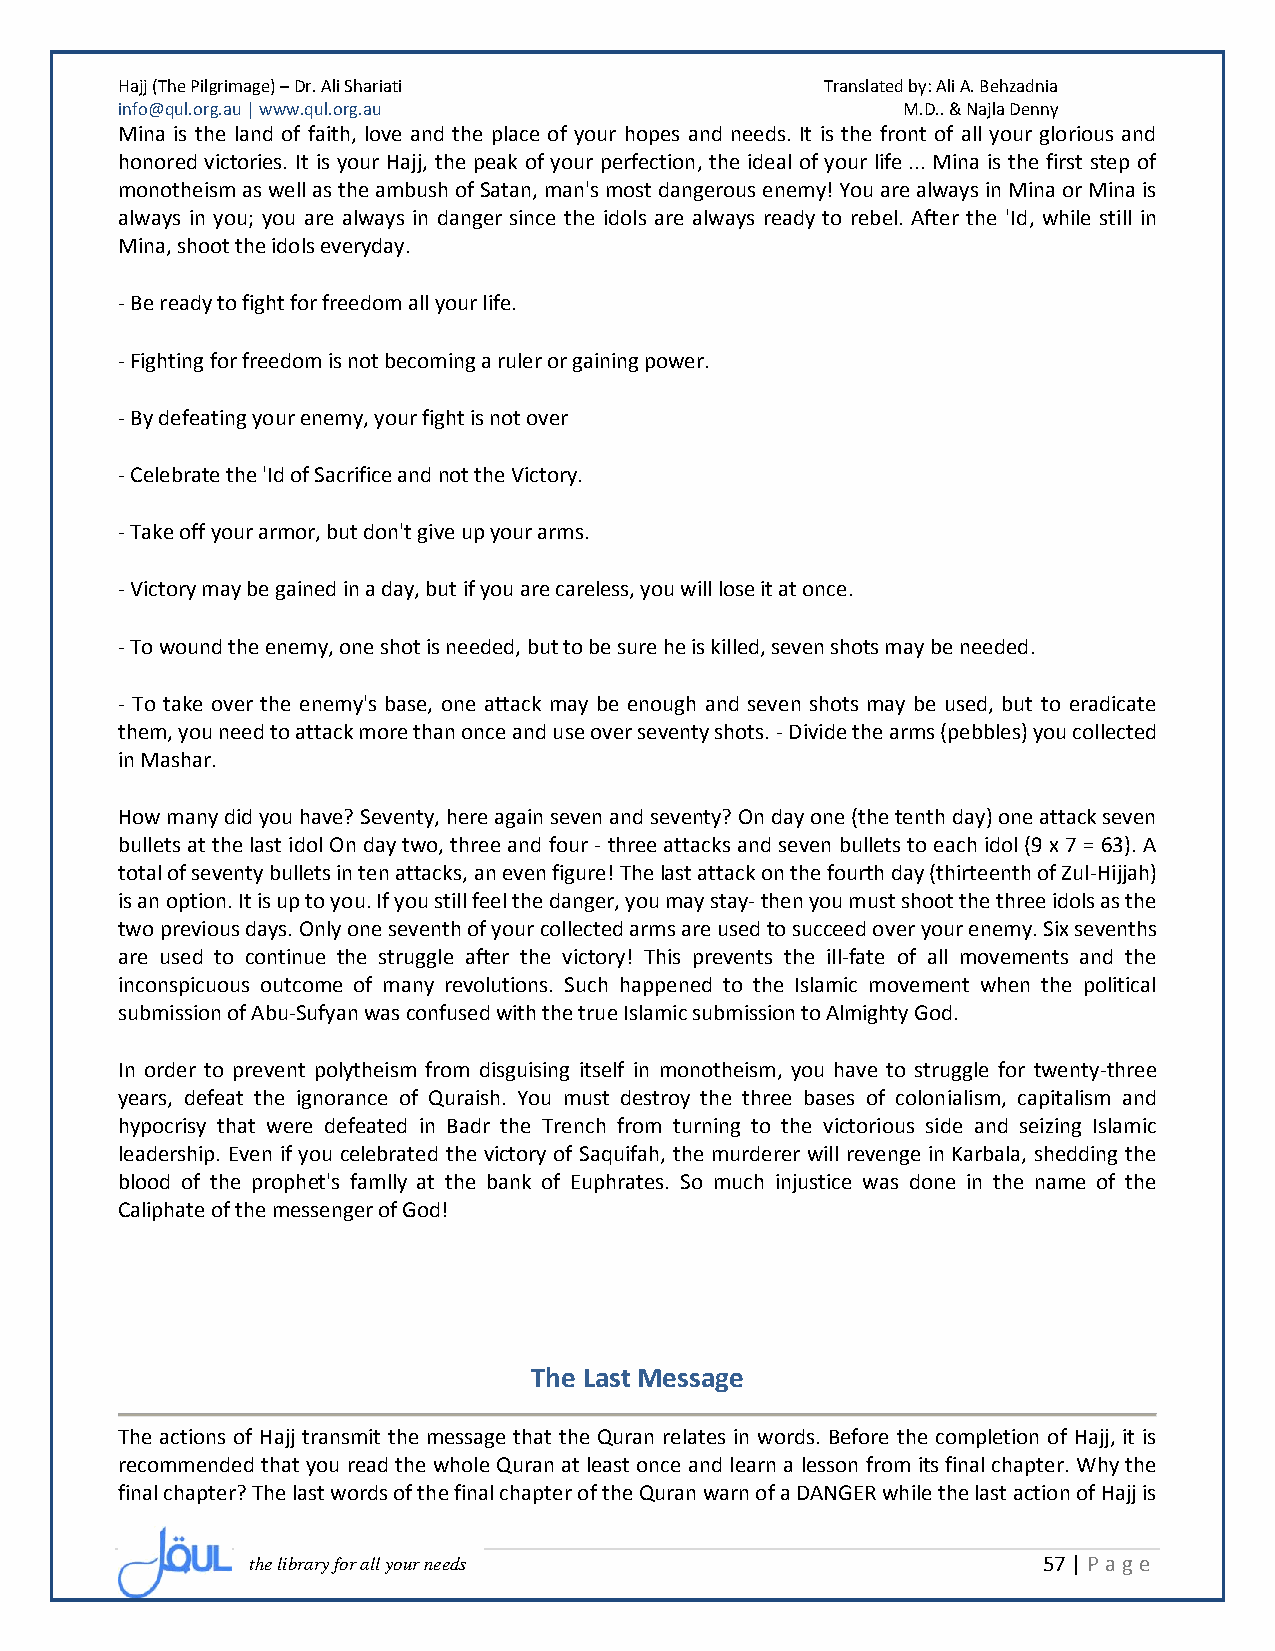
Hajj (The Pilgrimage) – Dr. Ali Shariati       Translated by: Ali A. Behzadnia
 info@qul.org.au | www.qul.org.au                    M.D.. & Najla Denny
 Mina is the land of faith, love and the place of your hopes and needs. It is the front of all your glorious and
 honored victories. It is your Hajj, the peak of your perfection, the ideal of your life ... Mina is the first step of
 monotheism as well as the ambush of Satan, man's most dangerous enemy! You are always in Mina or Mina is
 always in you; you are always in danger since the idols are always ready to rebel. After the 'Id, while still in
 Mina, shoot the idols everyday.
 - Be ready to fight for freedom all your life.
 - Fighting for freedom is not becoming a ruler or gaining power.
 - By defeating your enemy, your fight is not over
 - Celebrate the 'Id of Sacrifice and not the Victory.
 - Take off your armor, but don't give up your arms.
 - Victory may be gained in a day, but if you are careless, you will lose it at once.
 - To wound the enemy, one shot is needed, but to be sure he is killed, seven shots may be needed.
 - To take over the enemy's base, one attack may be enough and seven shots may be used, but to eradicate
 them, you need to attack more than once and use over seventy shots. - Divide the arms (pebbles) you collected
 in Mashar.
 How many did you have? Seventy, here again seven and seventy? On day one (the tenth day) one attack seven
 bullets at the last idol On day two, three and four - three attacks and seven bullets to each idol (9 x 7 = 63). A
 total of seventy bullets in ten attacks, an even figure! The last attack on the fourth day (thirteenth of Zul-Hijjah)
 is an option. It is up to you. If you still feel the danger, you may stay- then you must shoot the three idols as the
 two previous days. Only one seventh of your collected arms are used to succeed over your enemy. Six sevenths
 are used to continue the struggle after the victory! This prevents the ill-fate of all movements and the
 inconspicuous outcome of many revolutions. Such happened to the Islamic movement when the political
 submission of Abu-Sufyan was confused with the true Islamic submission to Almighty God.
 In order to prevent polytheism from disguising itself in monotheism, you have to struggle for twenty-three
 years, defeat the ignorance of Quraish. You must destroy the three bases of colonialism, capitalism and
 hypocrisy that were defeated in Badr the Trench from turning to the victorious side and seizing Islamic
 leadership. Even if you celebrated the victory of Saquifah, the murderer will revenge in Karbala, shedding the
 blood of the prophet's famlly at the bank of Euphrates. So much injustice was done in the name of the
 Caliphate of the messenger of God!
 The Last Message
 The actions of Hajj transmit the message that the Quran relates in words. Before the completion of Hajj, it is
 recommended that you read the whole Quran at least once and learn a lesson from its final chapter. Why the
 final chapter? The last words of the final chapter of the Quran warn of a DANGER while the last action of Hajj is
 the library for all your needs                      57 | P age